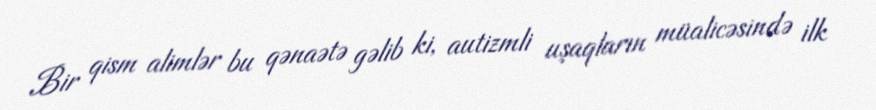
Bir qism alimlər bu qənaətə gəlib ki, autizmli uşaqların müalicəsində ilk